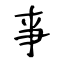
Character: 亊